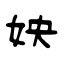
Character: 姎